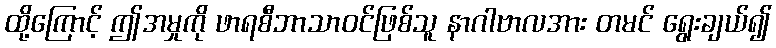
ထို့ကြောင့် ဤအမှုကို ဖာရစီဘာသာဝင်ဖြစ်သူ နာဂါဗာလအား တမင် ရွေးချယ်၍